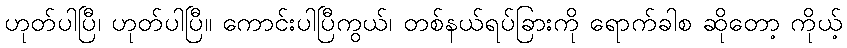
ဟုတ်ပါပြီ၊ ဟုတ်ပါပြီ။ ကောင်းပါပြီကွယ်၊ တစ်နယ်ရပ်ခြားကို ရောက်ခါစ ဆိုတော့ ကိုယ့်